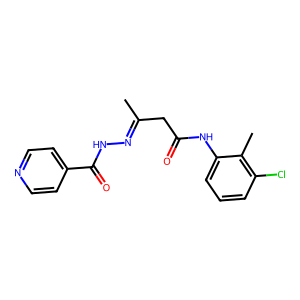
SMILES: CC(CC(=O)Nc1cccc(Cl)c1C)=NNC(=O)c1ccncc1
Inhibits HIV replication: No